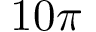
1 0 \pi